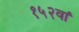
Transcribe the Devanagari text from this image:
१५२वां